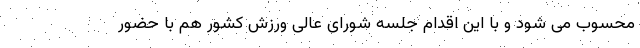
محسوب می شود و با این اقدام جلسه شورای عالی ورزش کشور هم با حضور